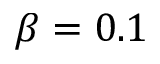
\beta = 0 . 1